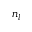
n _ { l }